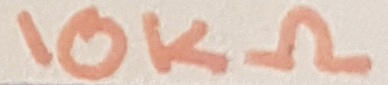
Text: 10KΩ